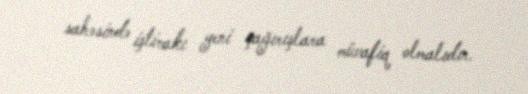
sahəsində iştirakı yeni çağırışlara müvafiq olmalıdır.